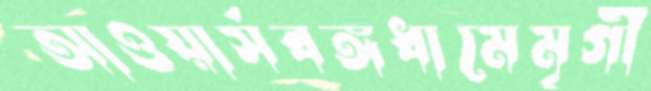
আওয়ার্সবঙ্গধামেমৃগী